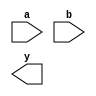
module xor_gate (
    input a,
    input b,
    output y
);

wire a_and_b, not_a_and_b, a_or_b;

and gate1(a, b, a_and_b);
and gate2(a, b, not_a_and_b);
or gate3(a_and_b, not_a_and_b, a_or_b);
not gate4(a_or_b, y);

endmodule